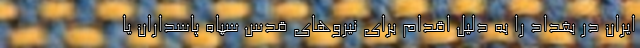
ایران در بغداد را به دلیل اقدام برای نیروهای قدس سپاه پاسداران یا